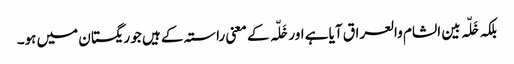
بلکہ خَلّہ بین الشام والعراق آیا ہے اور خَلّہ کے معنی راستہ کے ہیں جو ریگستان میں ہو۔